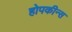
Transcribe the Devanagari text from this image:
होपकीन्स